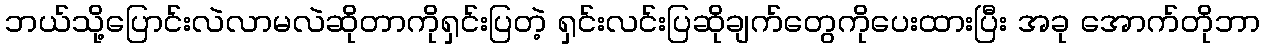
ဘယ်သို့ပြောင်းလဲလာမလဲဆိုတာကိုရှင်းပြတဲ့ ရှင်းလင်းပြဆိုချက်တွေကိုပေးထားပြီး အခု အောက်တိုဘာ